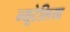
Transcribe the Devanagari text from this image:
न्यूटेलिया